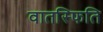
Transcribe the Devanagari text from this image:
वातस्फिति